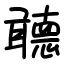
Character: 聼